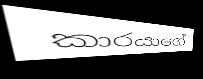
කාරයාගේ